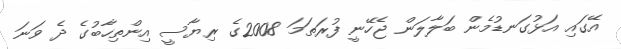
އޭގައި އަޅުގަނޑުމެން ބަލާލަން ޖެހޭނީ ފުރަތަމަ 2008ގެ ރިޔާސީ އިންތިހާބުގެ ދެ ވަނަ